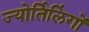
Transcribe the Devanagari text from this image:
ज्‍योर्तिलिंगों